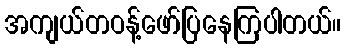
အကျယ်တဝန့်ဖော်ပြနေကြပါတယ်။